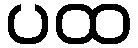
ပထ